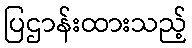
ပြဌာန်းထားသည့်